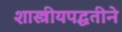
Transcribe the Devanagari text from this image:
शास्त्रीयपद्धतीने